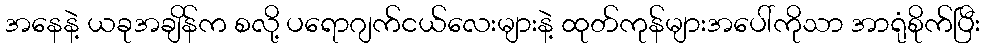
အနေနဲ့ ယခုအချိန်က စလို့ ပရောဂျက်ငယ်လေးများနဲ့ ထုတ်ကုန်များအပေါ်ကိုသာ အာရုံစိုက်ပြီး